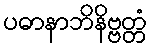
ပဓာနာဘိနိဗ္ဗတ္တံ